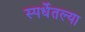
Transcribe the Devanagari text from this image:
स्पर्धेतल्या